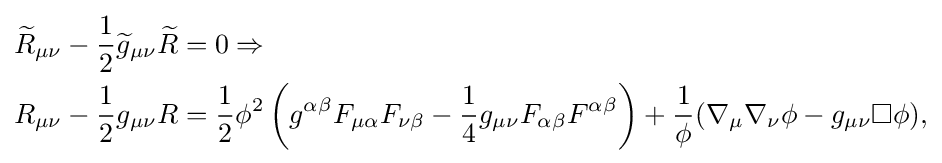
{\begin{aligned}{\widetilde {R}}_{\mu \nu }-{\frac {1}{2}}{\widetilde {g}}_{\mu \nu }{\widetilde {R}}&=0\Rightarrow \\R_{\mu \nu }-{\frac {1}{2}}g_{\mu \nu }R&={\frac {1}{2}}\phi ^{2}\left(g^{\alpha \beta }F_{\mu \alpha }F_{\nu \beta }-{\frac {1}{4}}g_{\mu \nu }F_{\alpha \beta }F^{\alpha \beta }\right)+{\frac {1}{\phi }}(\nabla _{\mu }\nabla _{\nu }\phi -g_{\mu \nu }\Box \phi ),\end{aligned}}